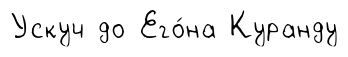
Ускуч до Его́на Куранду